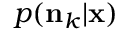
p ( \mathbf { n } _ { k } \vert \mathbf { x } )